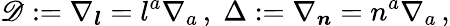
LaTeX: \mathscr{D}:=\nabla_{\boldsymbol{l}}=l^{a}\nabla_{a}\, ,\; \Delta:=\nabla_{\boldsymbol{n}}=n^{a}\nabla_{a}\, ,